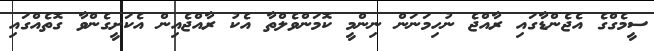
ސީމެގްގެ އެޖެންޑާގައި ރާއްޖެ ނުހިމަނަން ނިންމީ ކޮމަންވެލްތާ އެކު ރާއްޖެއިން އެކަށީގެންވާ ގޮތެއްގައި